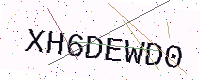
Text: XH6DEWD0